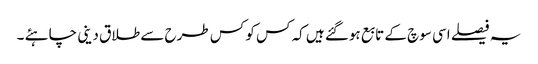
یہ فیصلے اسی سوچ کے تابع ہوگئے ہیں کہ کس کو کس طرح سے طلاق دینی چاہئے ۔